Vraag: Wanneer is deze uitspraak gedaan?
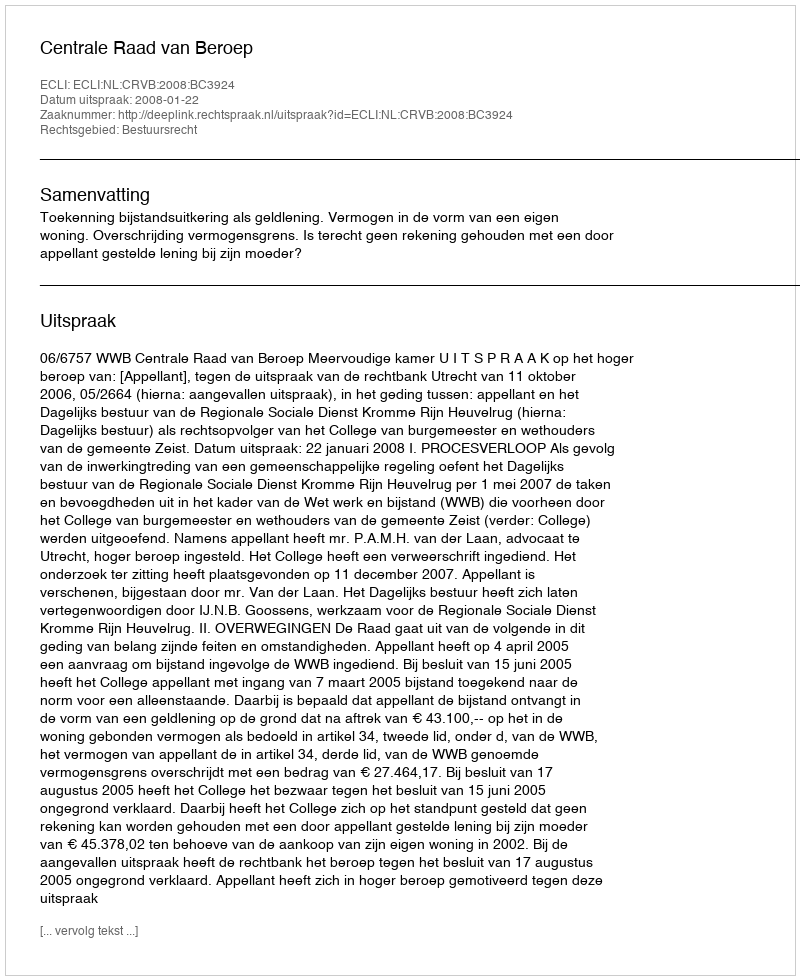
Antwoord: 2008-01-22